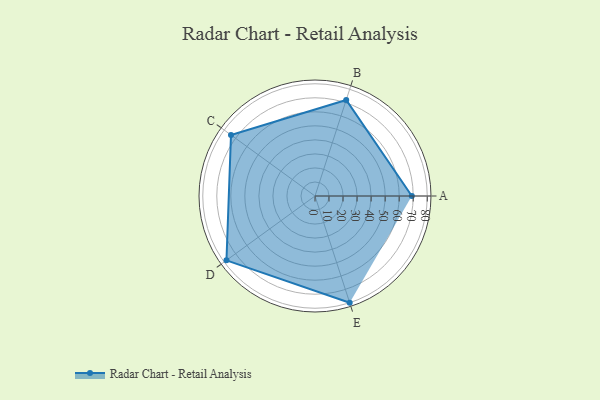
{"axis": {"x": "Skill", "y": "Score"}, "legend": ["Profile"], "data": [{"x": "A", "y": 69.0, "type": "Profile"}, {"x": "B", "y": 72.0, "type": "Profile"}, {"x": "C", "y": 74.0, "type": "Profile"}, {"x": "D", "y": 78.0, "type": "Profile"}, {"x": "E", "y": 80.0, "type": "Profile"}]}